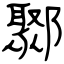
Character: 鄹